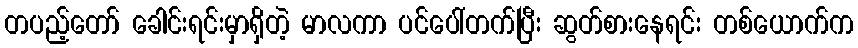
တပည့်တော် ခေါင်းရင်းမှာရှိတဲ့ မာလကာ ပင်ပေါ်တက်ပြီး ဆွတ်စားနေရင်း တစ်ယောက်က